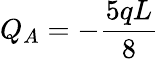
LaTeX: Q_{A}=-{\frac{5qL}{8}}